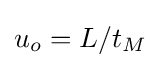
u_{o}=L/t_{M}